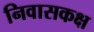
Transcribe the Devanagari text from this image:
निवासकक्ष